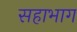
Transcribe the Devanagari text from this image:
सहाभाग